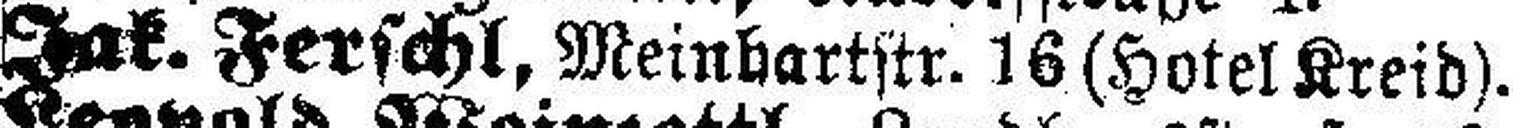
Jak. Ferschl, Meinhartstr. 16 (Hotel Kreid).